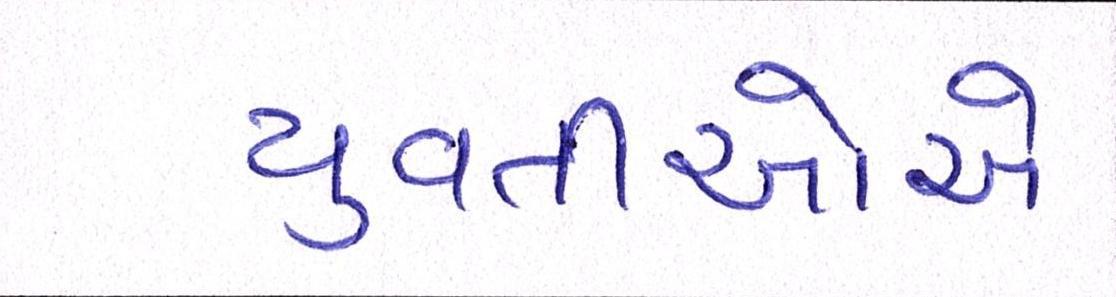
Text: યુવતીઓએ